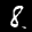
Label: 8